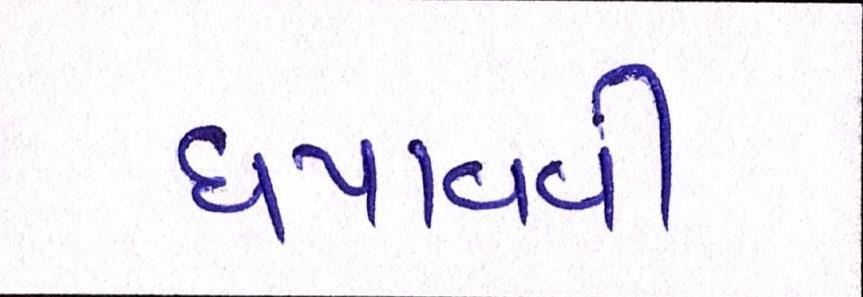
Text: ધપાવવી